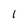
Character: l